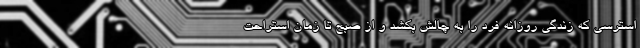
استرسی که زندگی روزانه فرد را به چالش بکشد و از صبح تا زمان استراحت